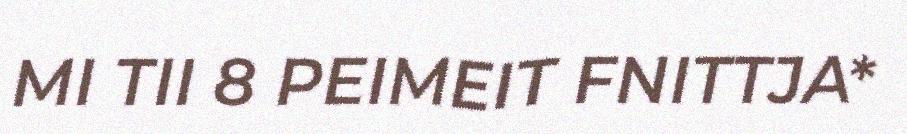
MI TII 8 PEIMEIT FNITTJA*